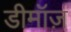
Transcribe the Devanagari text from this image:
डीमॉज़